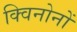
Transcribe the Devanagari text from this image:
क्विनोनों